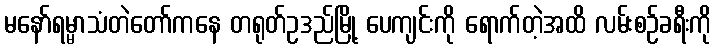
မနော်ရမ္မာသံတဲတော်ကနေ တရုတ်ဥဒည်မြို့ ပေကျင်းကို ရောက်တဲ့အထိ လမ်းစဉ်ခရီးကို